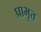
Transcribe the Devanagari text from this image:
प्राभृत